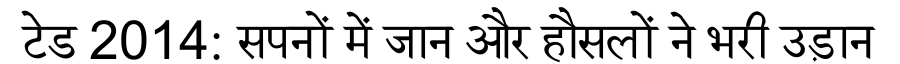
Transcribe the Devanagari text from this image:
टेड 2014: सपनों में जान और हौसलों ने भरी उड़ान